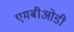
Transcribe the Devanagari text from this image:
एमबीओडी